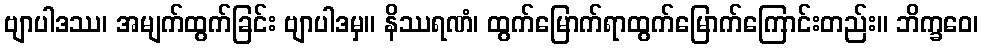
ဗျာပါဒဿ၊ အမျက်ထွက်ခြင်း ဗျာပါဒမှ။ နိဿရဏံ၊ ထွက်မြောက်ရာထွက်မြောက်ကြောင်းတည်း။ ဘိက္ခဝေ၊